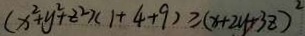
( x ^ { 2 } + y ^ { 2 } + z ^ { 2 } ) ( 1 + 4 + 9 ) \geqslant ( x + 2 y + 3 z ) ^ { 2 }